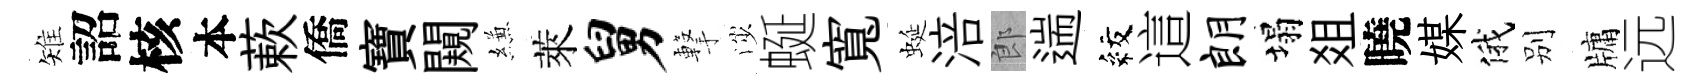
雉詔核本蔌僑寶闚縑萊舅撃渉蜒寬蜒涪郎遄紋這朗塌爼曉媒俄别牗远